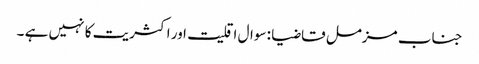
جناب مزمل قاضیا : سوال اقلیت اور اکثریت کا نہیں ہے ۔